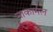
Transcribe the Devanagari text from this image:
नाकामल